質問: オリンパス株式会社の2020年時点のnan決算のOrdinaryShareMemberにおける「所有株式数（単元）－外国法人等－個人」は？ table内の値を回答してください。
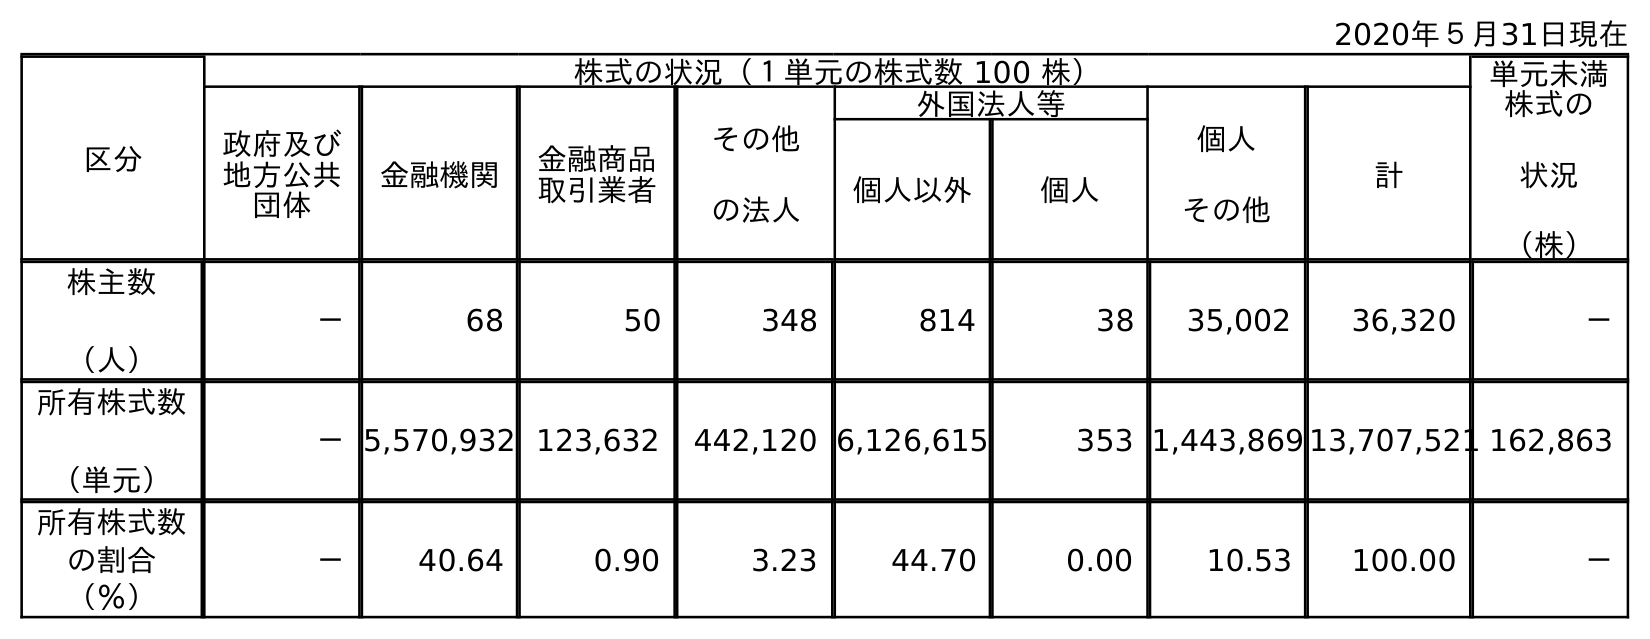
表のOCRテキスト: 2020年５月31日現在 区分 株式の状況（１単元の株式数 100 株） 単元未満 株式の 状況 （株） 政府及び 地方公共 団体 金融機関 金融商品 取引業者 その他 の法人 外国法人等 個人 その他 計 個人以外 個人 株主数 （人） － 68 50 348 814 38 35,002 36,320 － 所有株式数 （単元） －5,570,932 123,632 442,120 6,126,615 353 1,443,869 13,707,521 162,863 所有株式数 の割合 （％） － 40.64 0.90 3.23 44.70 0.00 10.53 100.00 －
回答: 353